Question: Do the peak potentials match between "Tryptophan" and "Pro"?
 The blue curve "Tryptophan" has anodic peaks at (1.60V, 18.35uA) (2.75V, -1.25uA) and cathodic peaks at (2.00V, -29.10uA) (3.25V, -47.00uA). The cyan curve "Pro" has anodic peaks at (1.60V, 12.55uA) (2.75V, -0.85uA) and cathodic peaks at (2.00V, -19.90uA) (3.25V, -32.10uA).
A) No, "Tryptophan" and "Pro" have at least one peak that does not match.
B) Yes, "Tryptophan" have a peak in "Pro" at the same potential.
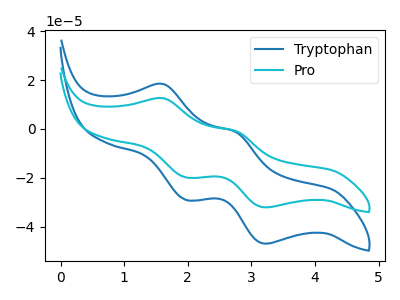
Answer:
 <answer>B) Yes, "Tryptophan" have a peak in "Pro" at the same potential.</answer>
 <eval>B</eval>